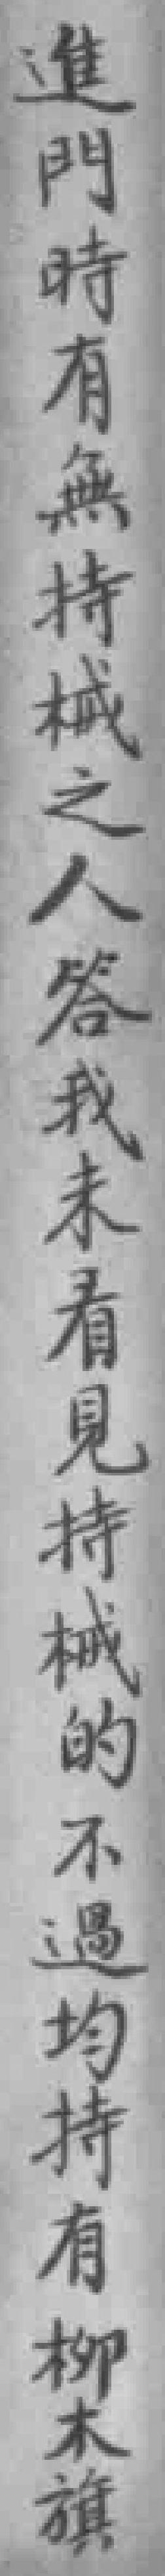
進門時有無持械之人答我未看見持械的不過均持有柳木旗